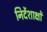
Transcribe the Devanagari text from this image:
निर्देशाक्षों